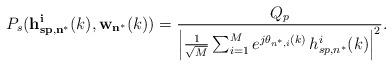
LaTeX: \begin{align*}P_{s}({\bf h^{i}_{sp,n^{*}}}(k), {\bf w_{n^{*}}}(k)) = \frac{Q_{p}}{\left|\frac{1}{\sqrt{M}}\sum_{i=1}^{M} e^{j\theta_{n^{*},i}(k)} \, h^{i}_{sp,n^{*}}(k)\right|^{2}}.\end{align*}